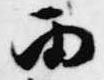
雨